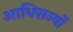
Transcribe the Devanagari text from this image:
आधिराज्यों